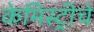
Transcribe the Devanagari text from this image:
केमिस्ट्रीचे